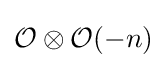
{\mathcal {O}}\otimes {\mathcal {O}}(-n)